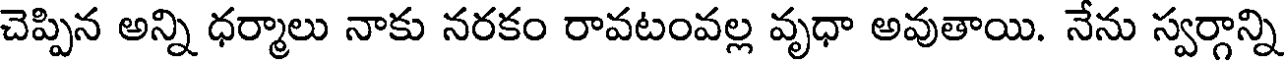
చెప్పిన అన్ని ధర్మాలు నాకు నరకం రావటంవల్ల వృధా అవుతాయి. నేను స్వర్గాన్ని